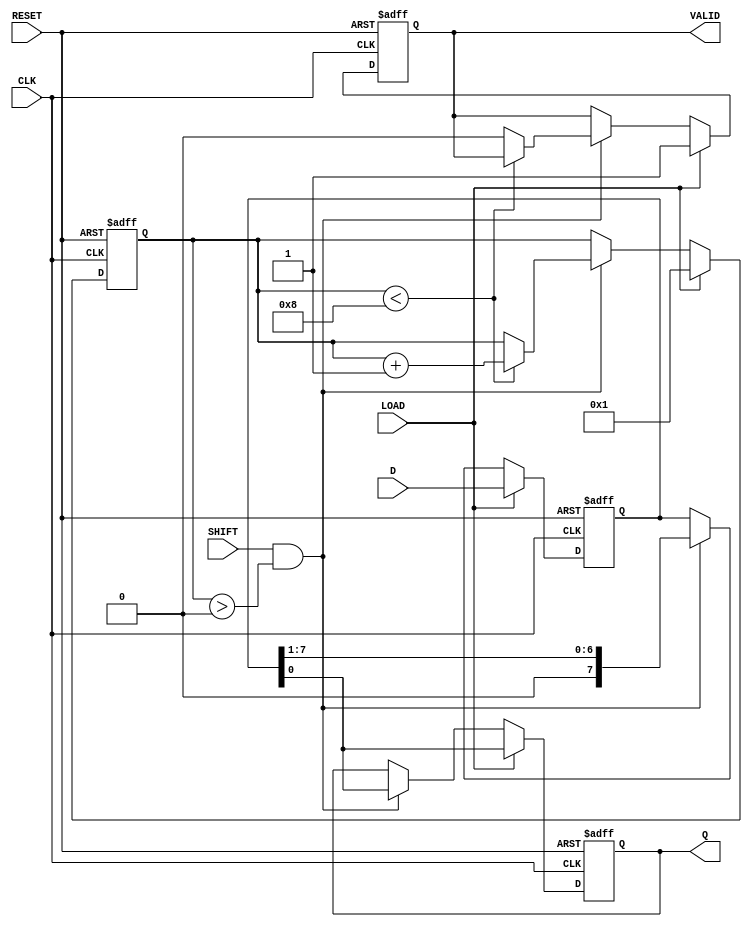
module PISO_Register #(parameter n = 8) (
    input wire [n-1:0] D,        // Parallel data input
    input wire LOAD,             // Load signal
    input wire SHIFT,            // Shift signal
    input wire CLK,              // Clock signal
    input wire RESET,            // Reset signal
    output reg Q,                // Serial output
    output reg VALID             // Shifted data valid signal
);

    reg [n-1:0] SR;              // Internal shift register
    reg [3:0] bit_count;         // Bit counter to track the number of shifts

    always @(posedge CLK or posedge RESET) begin
        if (RESET) begin
            SR <= {n{1'b0}};       // Reset internal shift register to 0
            Q <= 1'b0;            // Reset serial output
            VALID <= 1'b0;        // Reset valid signal
            bit_count <= 4'b0;    // Reset bit counter
        end else begin
            if (LOAD) begin
                SR <= D;           // Load parallel data into the shift register
                Q <= SR[0];       // Output the LSB
                VALID <= 1'b1;    // Indicate valid data
                bit_count <= 4'b1; // Reset bit_count to 1 after loading
            end else if (SHIFT && bit_count > 0) begin
                Q <= SR[0];        // Output the LSB
                SR <= {1'b0, SR[n-1:1]}; // Shift right and fill MSB with 0
                if (bit_count < n) 
                    bit_count <= bit_count + 1; // Increment bit count until all bits are shifted
                else
                    VALID <= 1'b0; // No valid data after all bits are shifted
            end
        end
    end

endmodule